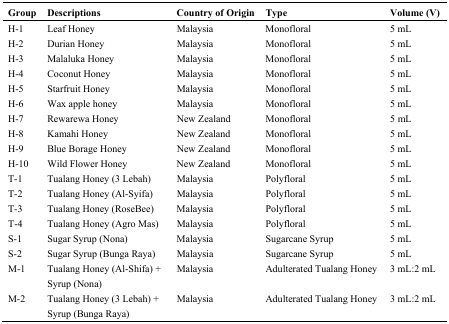
| Group | Descriptions | Country of Origin | Type | Volume (V) |
 | --- | --- | --- | --- | --- |
 | H-1 | Leaf Honey | Malaysia | Monofloral | 5 mL |
 | H-2 | Durian Honey | Malaysia | Monofloral | 5 mL |
 | H-3 | Malaluka Honey | Malaysia | Monofloral | 5 mL |
 | H-4 | Coconut Honey | Malaysia | Monofloral | 5 mL |
 | H-5 | Starfruit Honey | Malaysia | Monofloral | 5 mL |
 | H-6 | Wax apple honey | Malaysia | Monofloral | 5 mL |
 | H-7 | Rewarewa Honey | New Zealand | Monofloral | 5 mL |
 | H-8 | Kamahi Honey | New Zealand | Monofloral | 5 mL |
 | H-9 | Blue Borage Honey | New Zealand | Monofloral | 5 mL |
 | H-10 | Wild Flower Honey | New Zealand | Monofloral | 5 mL |
 | T-1 | Tualang Honey (3 Lebah) | Malaysia | Polyfloral | 5 mL |
 | T-2 | Tualang Honey (Al-Syifa) | Malaysia | Polyfloral | 5 mL |
 | T-3 | Tualang Honey (RoseBee) | Malaysia | Polyfloral | 5 mL |
 | T-4 | Tualang Honey (Agro Mas) | Malaysia | Polyfloral | 5 mL |
 | S-1 | Sugar Syrup (Nona) | Malaysia | Sugarcane Syrup | 5 mL |
 | S-2 | Sugar Syrup (Bunga Raya) | Malaysia | Sugarcane Syrup | 5 mL |
 | M-1 | Tualang Honey (Al-Shifa) + Syrup (Nona) | Malaysia | Adulterated Tualang Honey | 3 mL:2 mL |
 | M-2 | Tualang Honey (3 Lebah) + Syrup (Bunga Raya) | Malaysia | Adulterated Tualang Honey | 3 mL:2 mL |